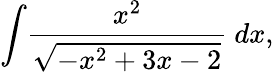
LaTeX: \int\! {\frac{x^{2}}{\sqrt{-x^{2}+3x-2}}}\ dx,